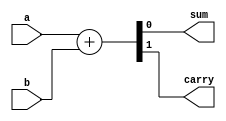
// Half Adder Using Behavioral Modeling

`timescale 1ns / 1ps

module half_adder(a,b,sum,carry);

  input a,b;
  output reg sum,carry;

  always @(a or b)
    begin
      {carry,sum} = a + b;
    end

endmodule